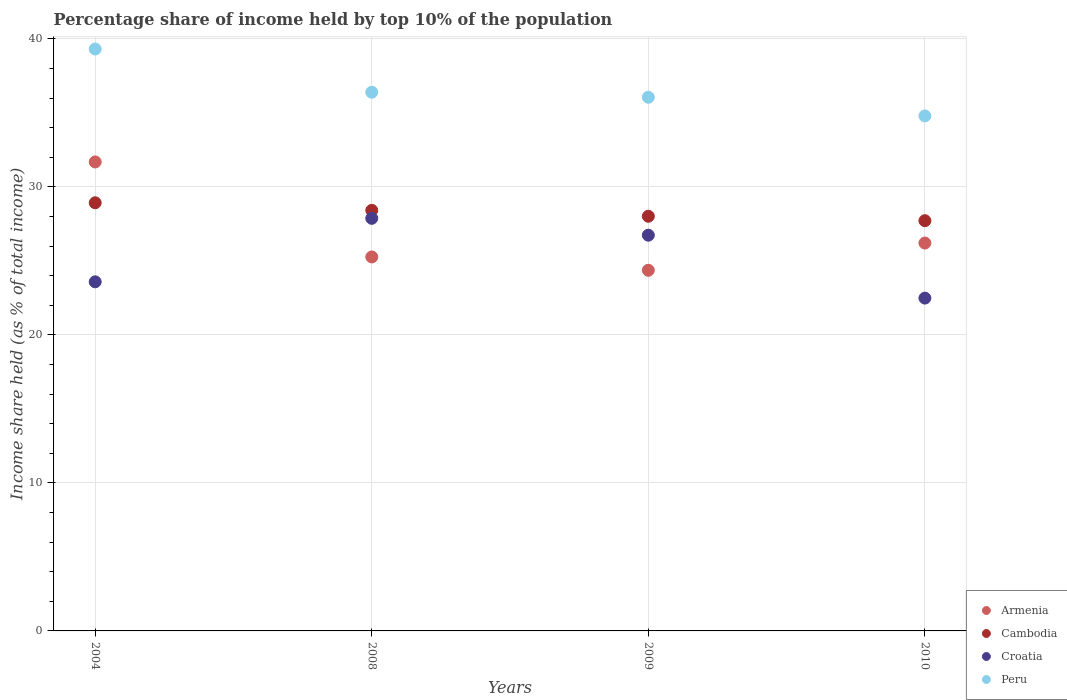
| Years | Armenia | Cambodia | Croatia | Peru |
 | --- | --- | --- | --- | --- |
 | 2004 | 31.7 | 28.9 | 23.6 | 39.3 |
 | 2008 | 25.3 | 28.4 | 27.9 | 36.4 |
 | 2009 | 24.4 | 28 | 26.7 | 36.1 |
 | 2010 | 26.2 | 27.7 | 22.5 | 34.8 |